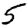
Digit: 5